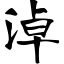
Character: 淖